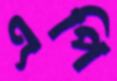
এপি